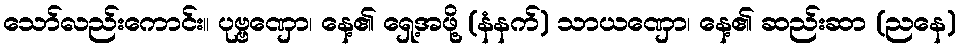
သော်လည်းကောင်း။ ပုဗ္ဗဏှော၊ နေ့၏ ရှေ့အဖို့ (နံနက်) သာယဏှော၊ နေ့၏ ဆည်းဆာ (ညနေ)